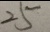
2 5